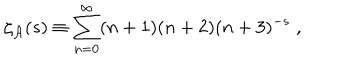
\zeta _ { \cal A } ( s ) \equiv \sum _ { n = 0 } ^ { \infty } ( n + 1 ) ( n + 2 ) ( n + 3 ) ^ { - s } \; ,